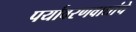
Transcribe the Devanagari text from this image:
पर्यावरणवाद्यांचे